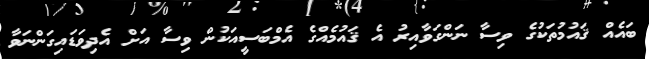
ބައެއް ޤައުމުތަކުގެ ވިސާ ނަންގަވާއިރު އެ ޤައުމެއްގެ އެމްބަސީއަކުން ވިސާ އަށް އެދިވަޑައިގަންނަވާ